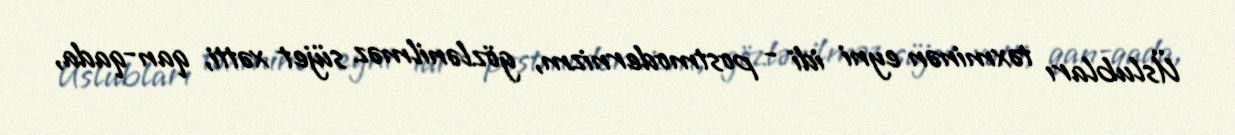
Üslubları təxminən eyni idi - postmodernizm, gözlənilməz süjet xətti, qan-qada,